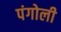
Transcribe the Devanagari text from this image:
पंगोली